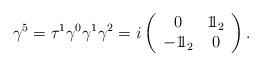
LaTeX: \begin{align*}\gamma^5 = \tau^1 \gamma^0 \gamma^1 \gamma^2 = i \left( \begin{array}{cc} 0 & 1\!\!1_2 \\ -1\!\!1_2 & 0 \end{array} \right).\end{align*}